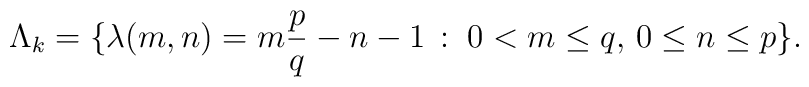
\Lambda_{k}=\{\lambda(m,n)=m\frac{p}{q}-n-1\, :\;0<m\leq q,\,0\leq n\leq p\}.